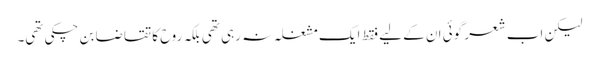
لیکن اب شعر گوئی ان کے لیے فقط ایک مشغلہ نہ رہی تھی بلکہ روح کا تقاضا بن چکی تھی۔